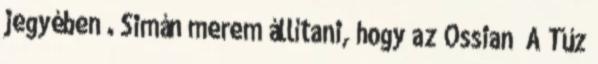
jegyében”. Simán merem állítani, hogy az Ossian ’A Tűz